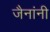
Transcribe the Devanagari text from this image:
जैनांनी